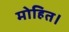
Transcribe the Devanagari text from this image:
मोहित।